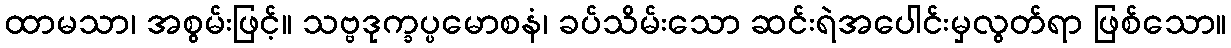
ထာမသာ၊ အစွမ်းဖြင့်။ သဗ္ဗဒုက္ခပ္ပမောစနံ၊ ခပ်သိမ်းသော ဆင်းရဲအပေါင်းမှလွတ်ရာ ဖြစ်သော။